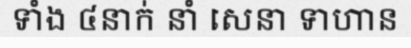
ទាំង ៤នាក់ នាំ សេនា ទាហាន